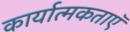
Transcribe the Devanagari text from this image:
कार्यात्मकताऍ